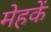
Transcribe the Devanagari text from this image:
मेहकें